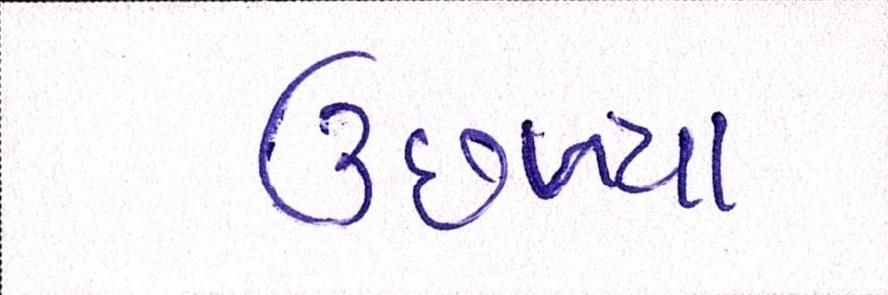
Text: ઉછળ્યા